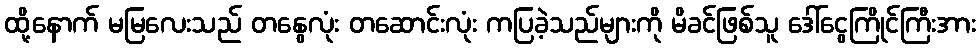
ထို့နောက် မမြလေးသည် တနွေလုံး တဆောင်းလုံး ကပြခဲ့သည်များကို မိခင်ဖြစ်သူ ဒေါ်ငွေကြိုင်ကြီးအား